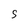
Character: S